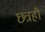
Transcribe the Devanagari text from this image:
छ्त्रही